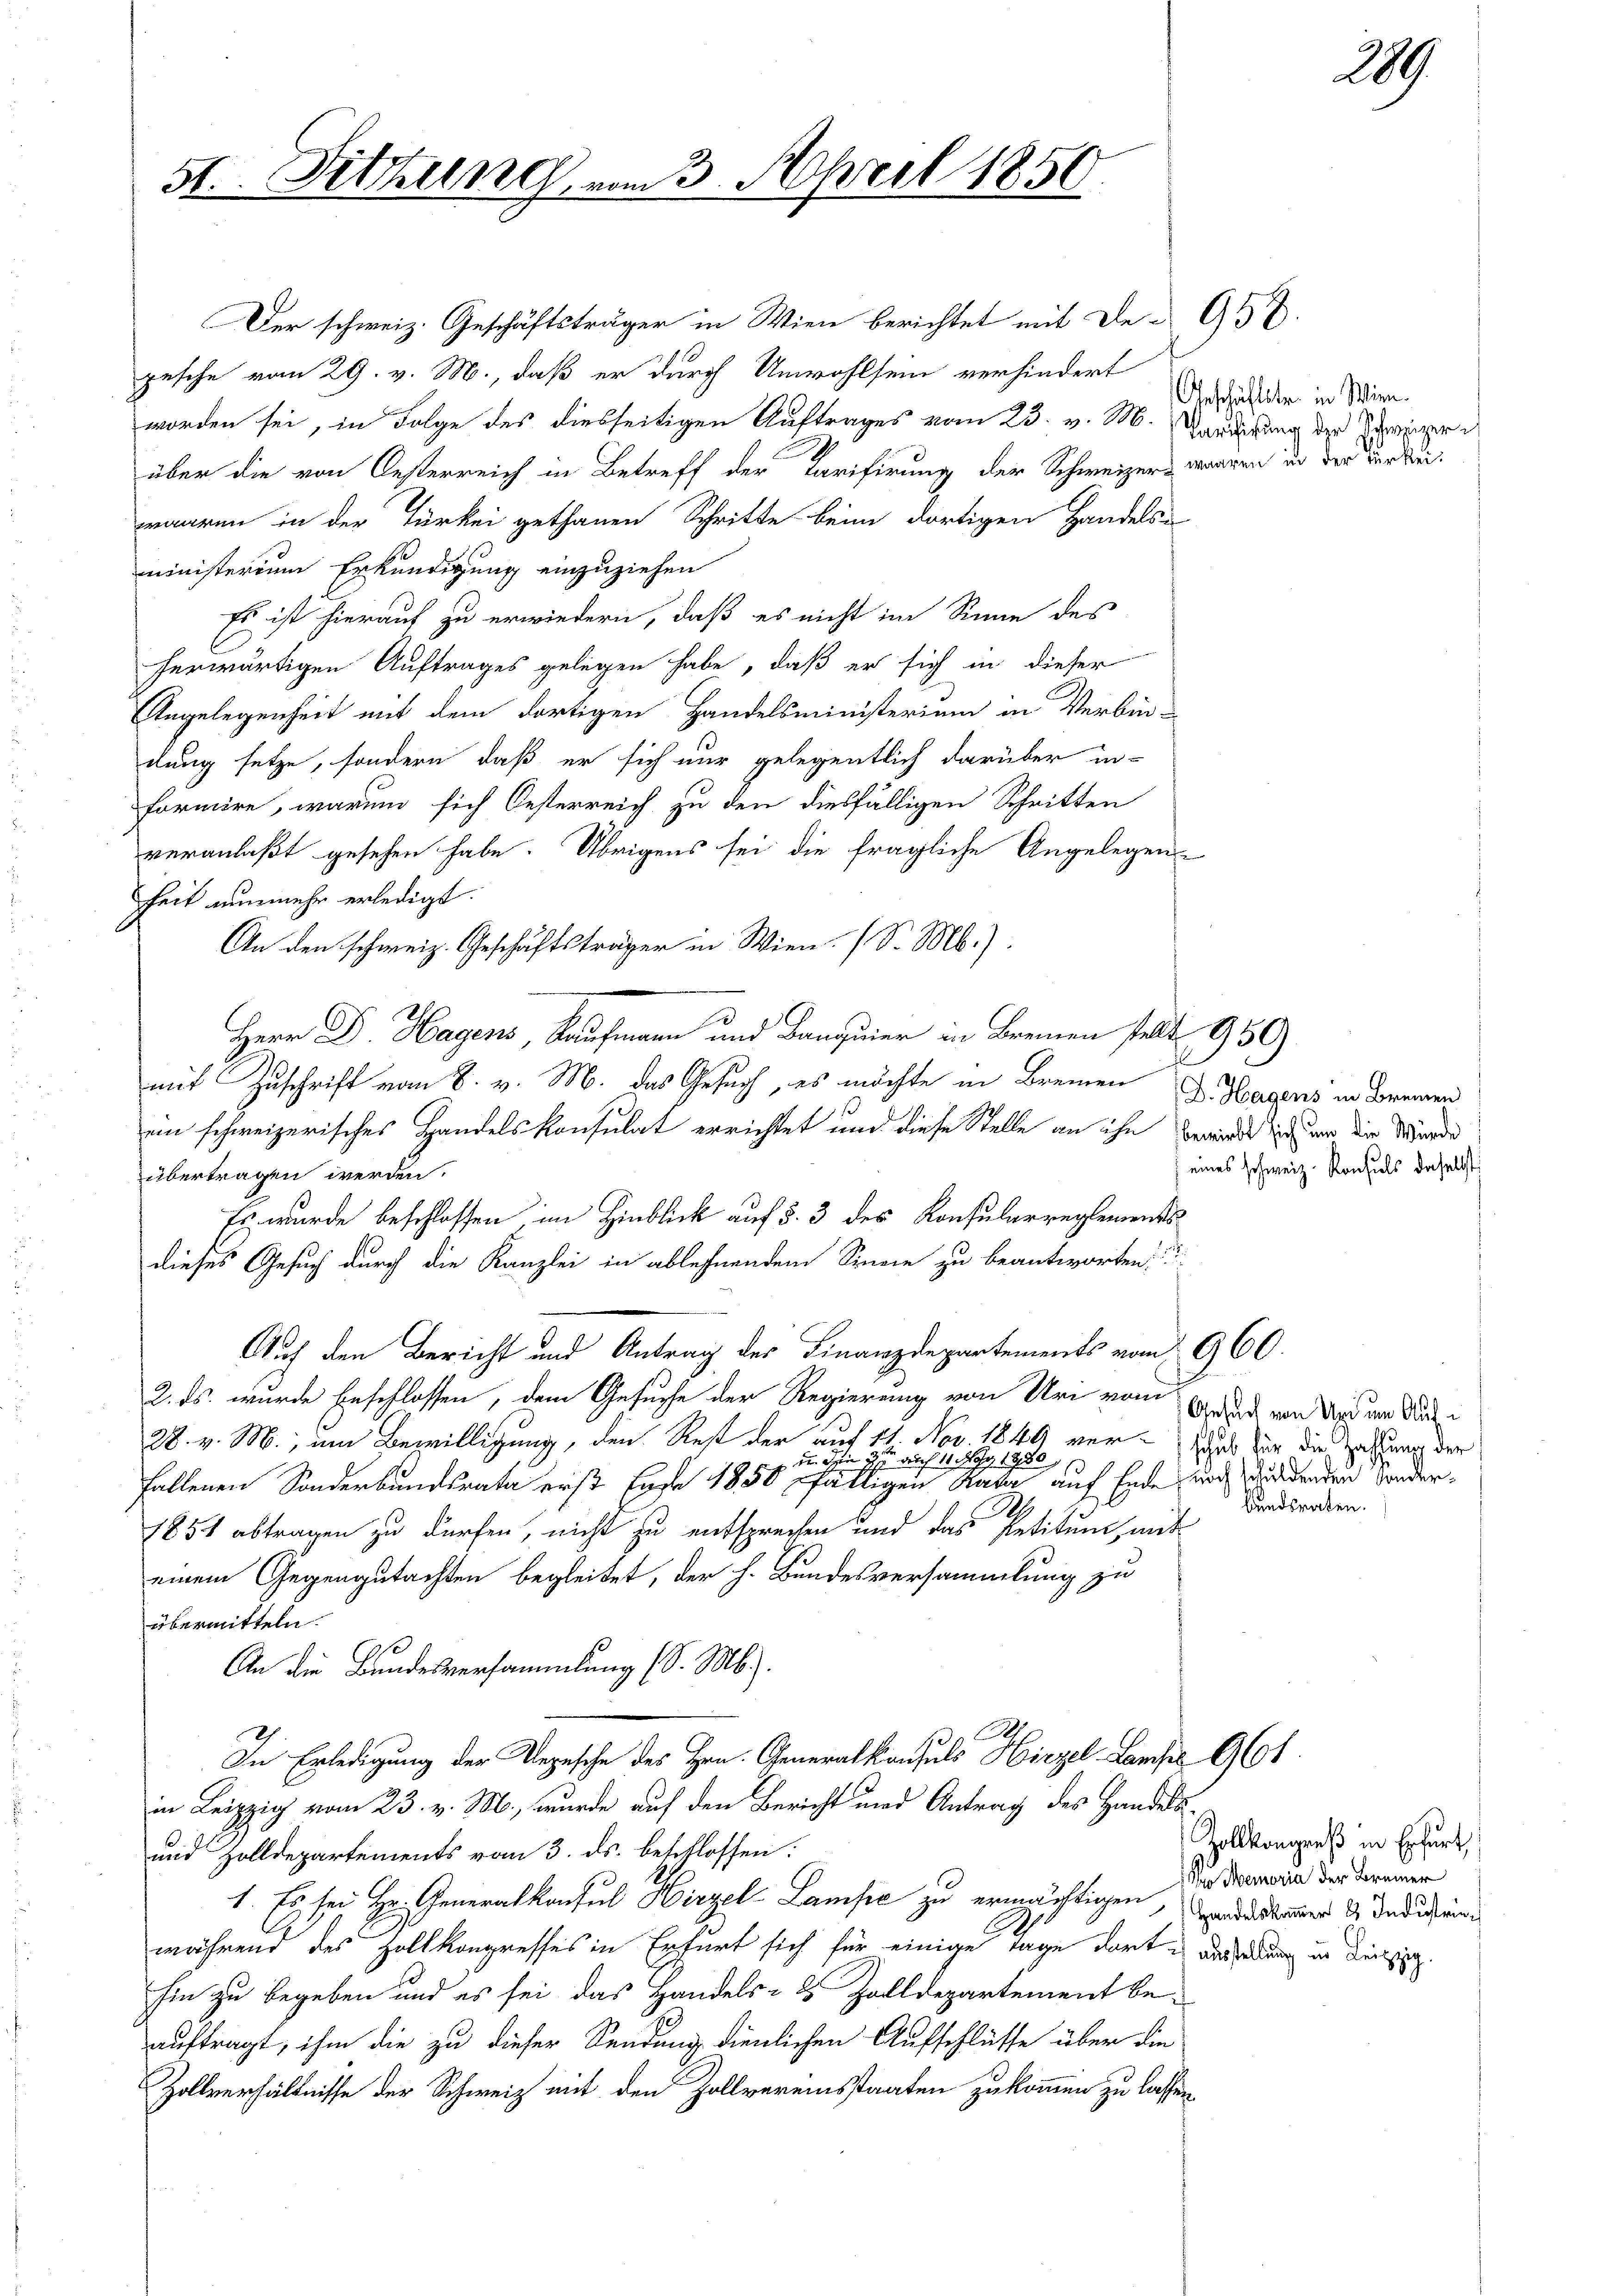
Der schweiz. Geschäftsträger in Wien berichtet mit De-G.
pesche vom 29. v. M., daß er durch Unwohlsein verhindert
worden sei, in Folge des diesseitigen Auftrages vom 23. v. M. Kandigung der Zwinger d
.
über die von Oesterreich in Betreff der Tarifirung der Schweizers waaren in der der keiwaaren in der Türkei gethanen Schritte beim dortigen Handelsi
ministerium Erkundigung einzuziehen
Es ist hierauf zu erwiedern, daß es nicht im Sinne des
herwärtigen Auftrages gelegen habe, daß er sich in dieser
Angelegenheit mit dem dortigen Handelsministerium in Verbin-
dung setze, sondern daß er sich nur gelegentlich darüber in-
formire, warum sich Oesterreich zu den diesfälligen Schritten
veranlaßt gesehen habe. Übrigens sei die fragliche Angelegens
heit nunmehr erledigt.
An den schweiz. Geschäftsträger in Wien. (S. M.).
Herr Dr. Hagens, Kaufmann und Banquier in Bremen stellt. 1950)
mit Zuschrift vom 8. v. M. das Gesuch, es möchte in Bremen
en schweizerisches Handelskonsulat errichtet und diese Stelle an ihn bewürde sich um die Wunde
übertragen werden.
Es wurde beschlossen im Hinblick auf §. 3 des Konsularreglements
dieses Gesuch durch die Kanzlei in ablehnendem Sinne zu beantworten,
Auf den Bericht und Antrag des Finanzdepartements vom 960
2. ds. wurde beschlossen, dem Gesuche der Regierung von Uri vom 6. Das von Wird dem Auf¬
28. v. M., um Bewilligung, den Rest der auf 11. Nov. 1849 verab für die Zahlung der
 . 9 auch 11. May 1980
fallenen Sonderbundsrata erst Erde 1850 fälligen Rata auf Ende und Widdenden Sonder¬
M
1851 abtragen zu dürfen, nicht zu entsprechen und das Petitum, ent-
einem Gegengutachten begleitet, der h. Bundesversammlung zu
übermitteln.
An die Bundesversammlung (S. Mb.).
h
In Erledigung der Regesche des Hrn. Generalkonsuls Hirzel-Lampe 961.
in Leipzig vom 23. v. M., wurde auf den Bericht und Antrag des Handels¬
und Zolldepartements vom 3. ds. beschlossen:
1. Es sei Hr. Generalkonsul Hirzel-Lampe zu ermächtigen, ausbauer 9. Indistinwährend des Hollkongresses in Erfurt sich für einige Tage dort ausübung in Ding.
hin zu begeben und es sei das Handels- & Zolldepartement beauftragt, ihm die zu dieser Sendung dienlichen Aufschlüsse über die
Zollverhältnisse der Schweiz mit den Zollvereinsstaaten zukommen zu lassen,

5

Sitzung vom 3. April 1850

Geschäftstr. in Wien.

D. Hagens in Brennen
eines schweiz. Konsuls daselbst

bandsraten.

209

Zollkongreß in Erfurt
Wo Memoria der Brenner